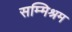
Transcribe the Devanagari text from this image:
सम्मिश्रम